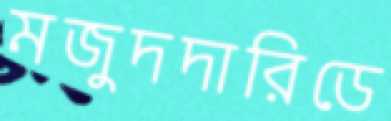
মজুদদারিডে